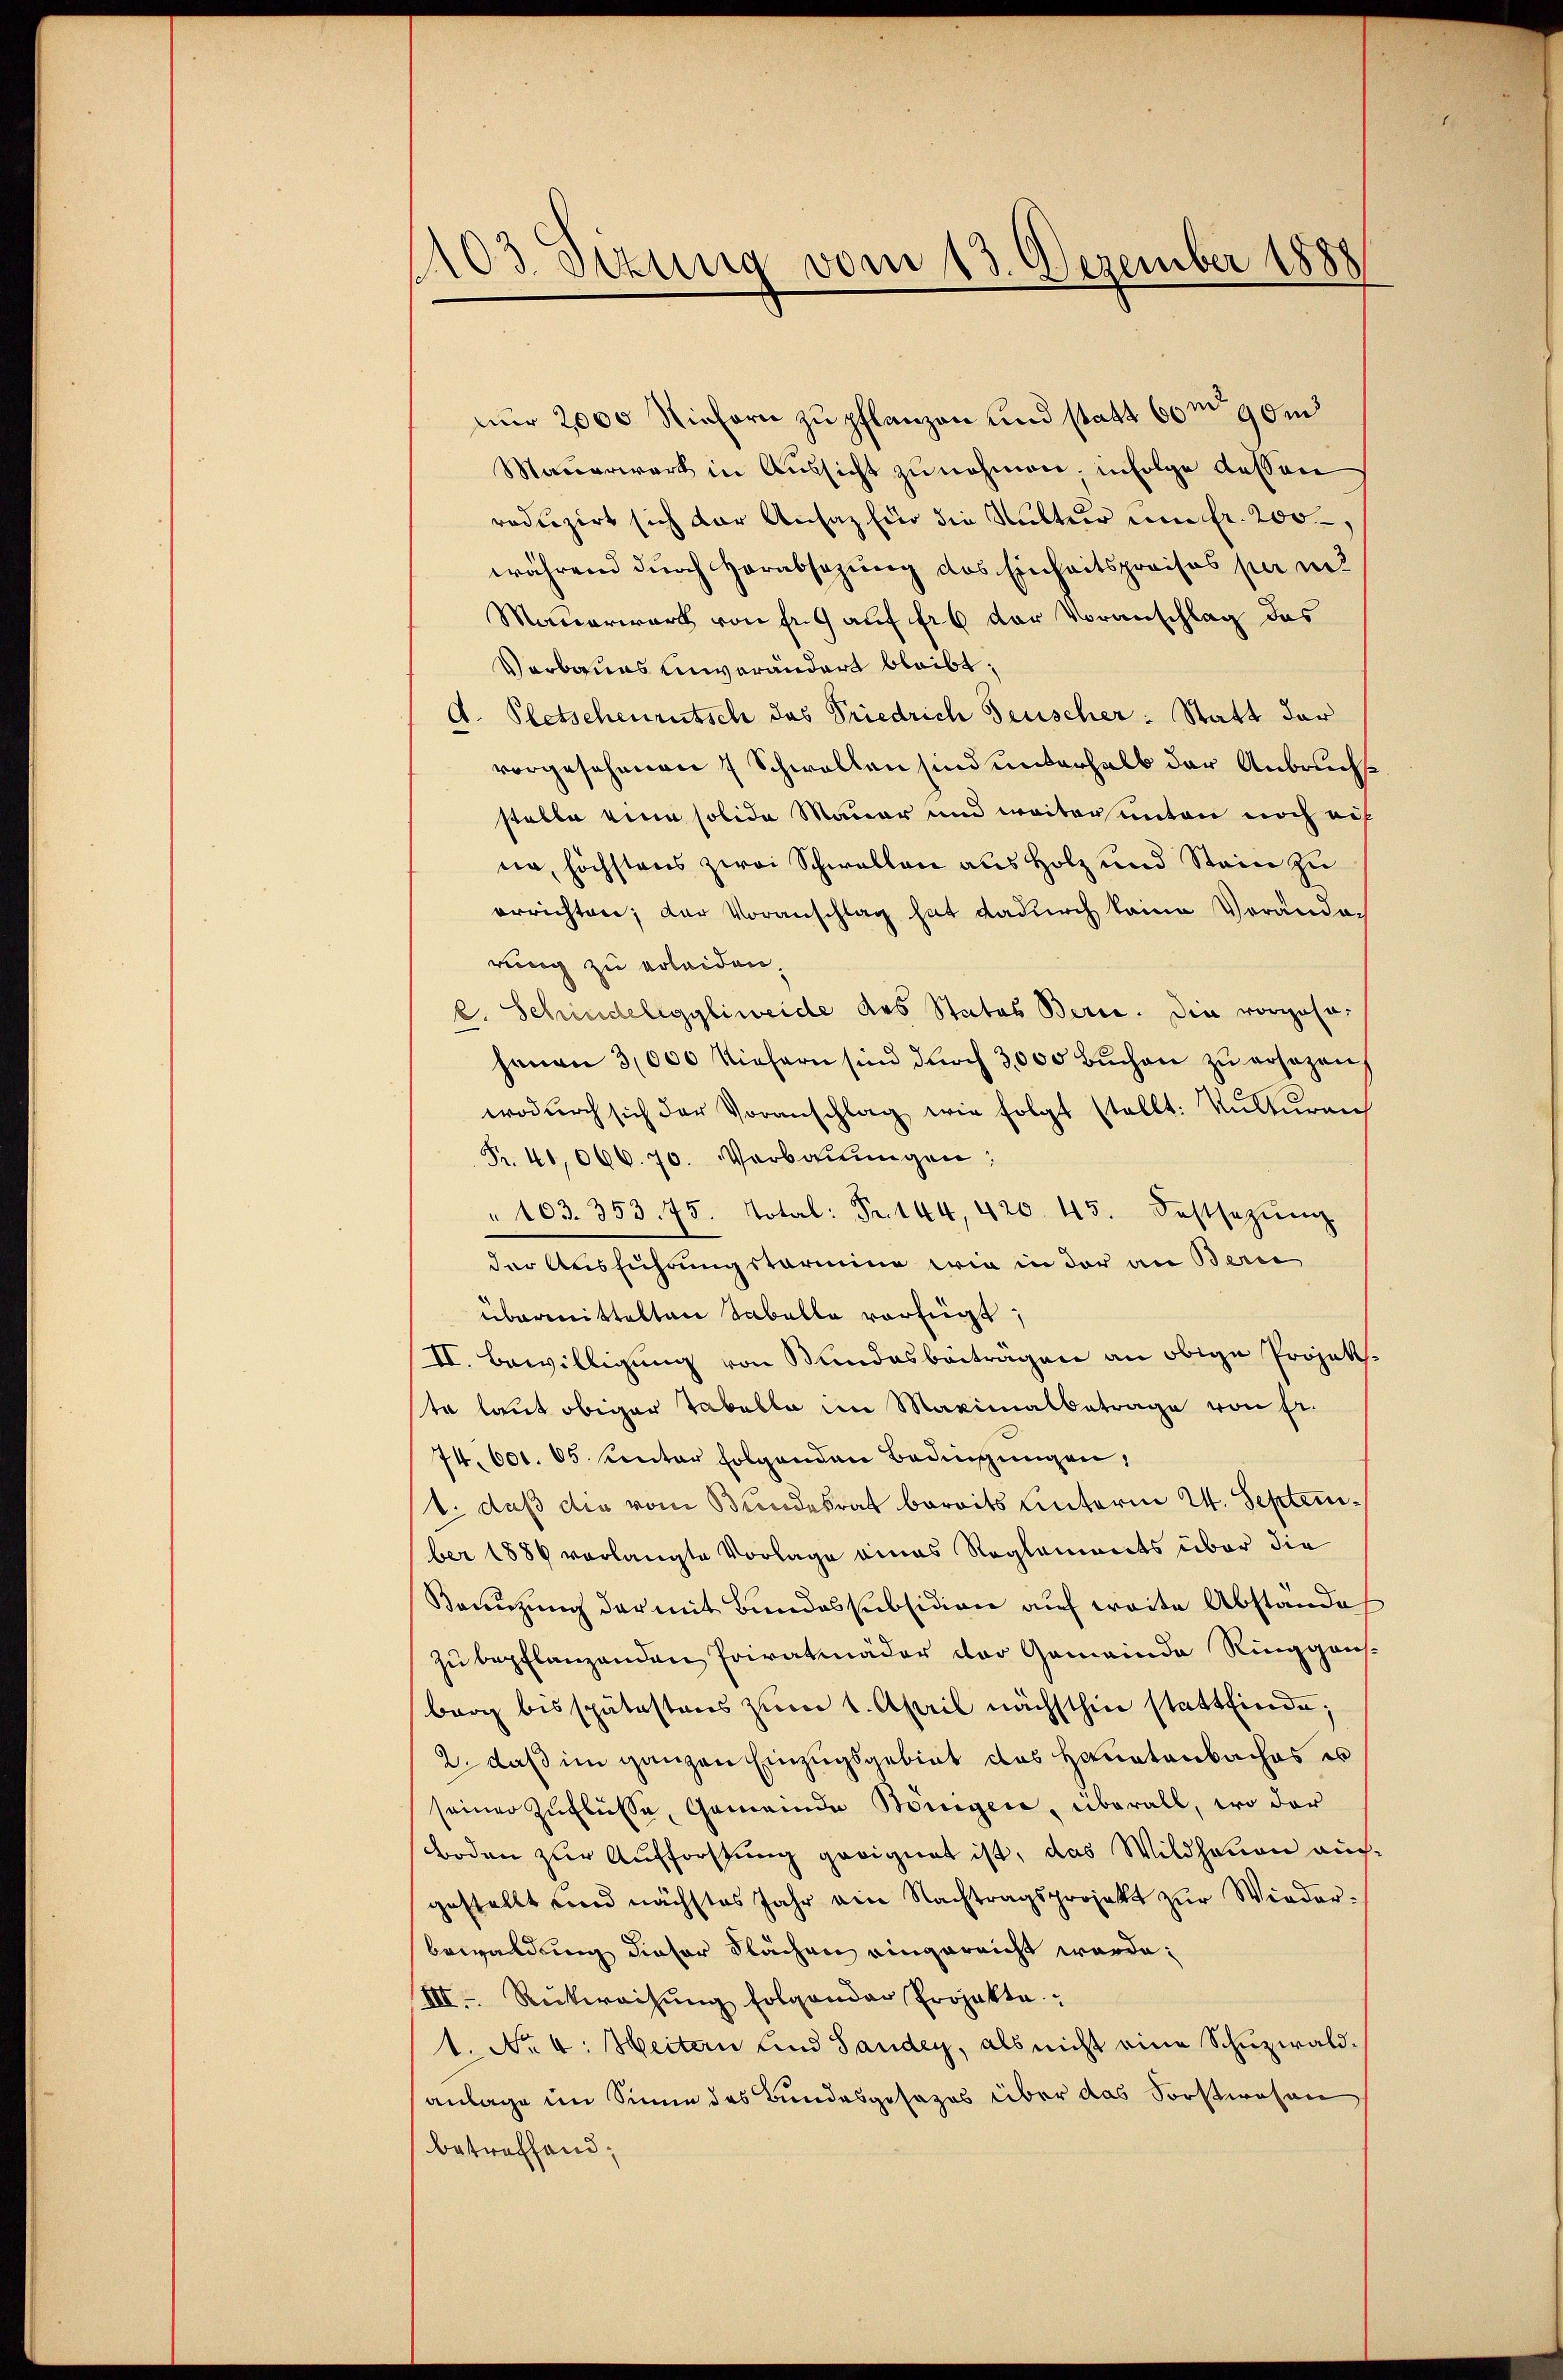
103 dizung vom 13. Dezember 1888

nur 2000 Viehern zu pflanzen und statt 60m 90m
Mauerwerk in Aussicht zu nehmen. infolge dessen
reduzirt sich der Ansatz für die Mutter um fr. 200
während durch Verabsezung des Einheitspreises per m
Mauerwart von Fr. 9 auf fr 6 der Voranschlag das
Verbaues einverändert bleibt:
Pletschenrutsch das Friedrich Feuscher: Statt der
.
vorgesehenen 7 Schwellen sind unterhalb der Anbruche
stalle eine solida Mauer und weiter unten noch auf
ne, höchstens zwei Schwellen aus Holz und Stein zu
errichten; der Voranschlag hat dadurch keine Vorandach
rung zu erleiden,
c. Schindelegyliweide des Statos Bern. Die vorzohnjenen 3,000 Kiefern sind durch 3,000 Bŭchen zu ersezen,
wodŭrch sich der Voranschlag wie folgt stellt: Kulturen
Fr. 40,066. 70. Verbauungen:
" 103. 353. 75. Total: Fr. 144, 420. 45. Festsezŭng
der Ausführung starmine wie in der an Beri
übermittelten Tabelle verfügt:
II. Bewilligung von Kundesbeiträgen an obige Projekte laut obiger Tabella im Maximalbetrage von fr.
74. 601. 65. unter folgenden Bedingungen,
1. daß die vom Bundesrat bereits hinterm 24. September 1886 verlangte Vorlage eines Reglements über die
Benutzung der mit Bundessubsidion auf weite Abstände
zu bepflanzenden Privatmäder der Gemeinde Ringgens
berg bis spätestens zum 1. April nächsthin stattfinde;
2. daß im ganzen Einzugsgebiet das Hauptenbaches es
seiner Zuflüsse, Gemeinde Königen, überall, wo der
Boden zur Aufforstung geeignet ist, das Wildhauen ausgestellt und nächstes Jahr ain Nachtragsprojekt zur Wiederbewaldung dieser Flächen eingereicht werde.
III. Rückweisung folgender Projekte
1. No. 4. Heitern und Sanden, als nicht eine Schuzwaldanlage im Sinne des Bundesgesezes über das Sorstwesen
betreffend: